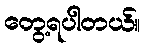
တွေ့ရပါတယ်။